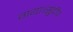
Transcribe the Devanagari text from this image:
गया।सुदीप